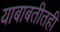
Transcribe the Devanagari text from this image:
याबाबतीतही